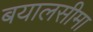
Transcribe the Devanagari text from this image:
बयालसीमा